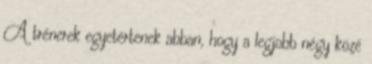
A trénerek egyetértenek abban, hogy a legjobb négy közé